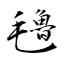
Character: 氌